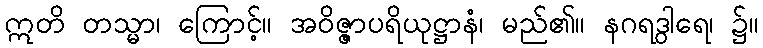
ဣတိ တသ္မာ၊ ကြောင့်။ အဝိဇ္ဇာပရိယုဋ္ဌာနံ၊ မည်၏။ နဂရဒွါရေ၊ ၌။